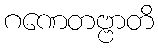
ဂဏေတဗ္ဗာတိ